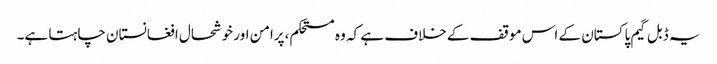
یہ ڈبل گیم پاکستان کے اس موقف کے خلاف ہے کہ وہ مستحکم، پرامن اور خوشحال افغانستان چاہتا ہے۔